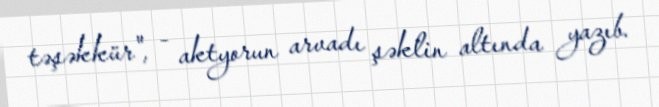
təşəkkür", - aktyorun arvadı şəklin altında yazıb.